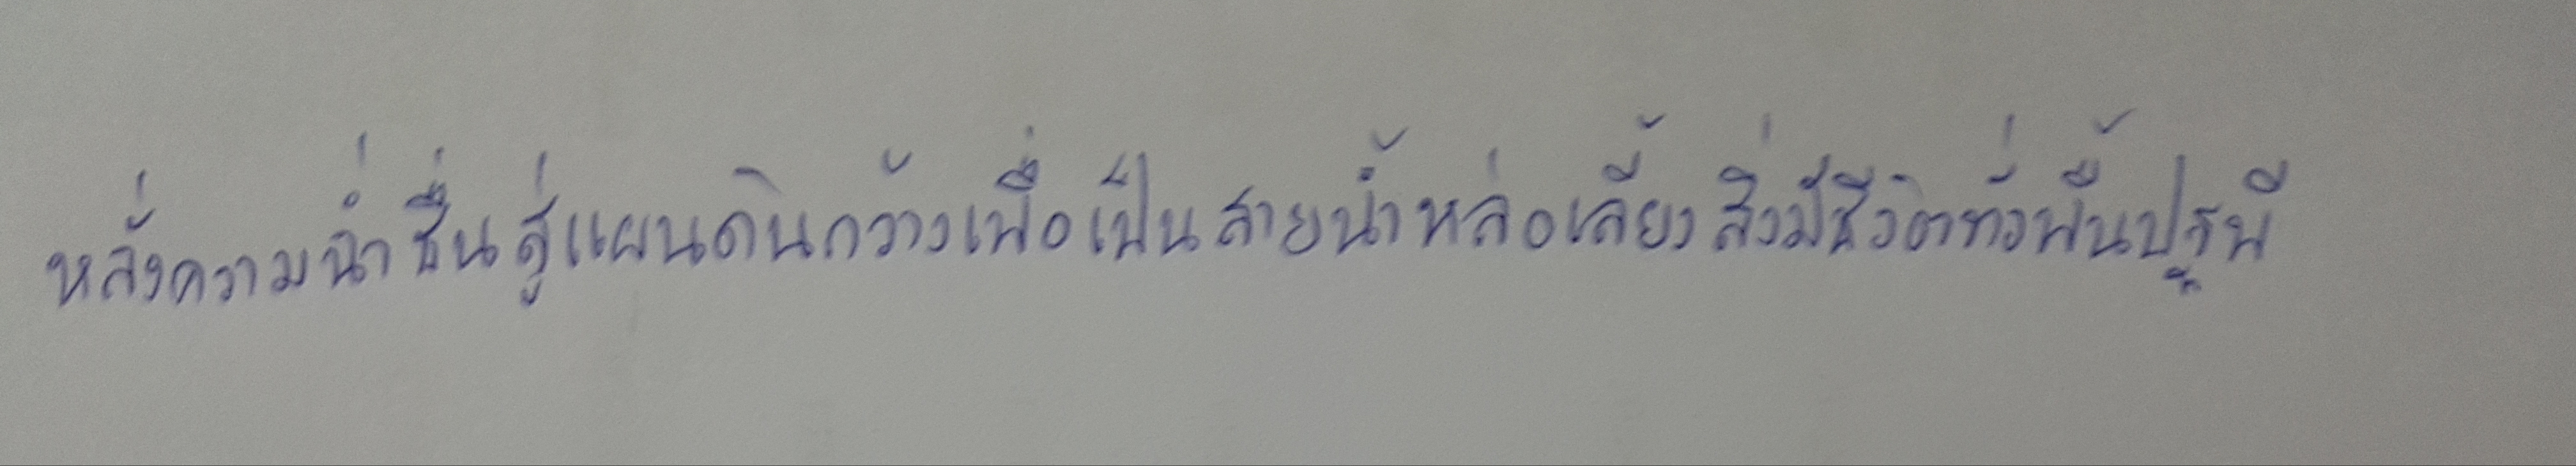
หลั่งความฉ่ำชื่นสู่แผนดินกว้างเพื่อเป็นสายน้ำหล่อเลี้ยงสิ่งมีชีวิตทั่วพื้นปฐพี